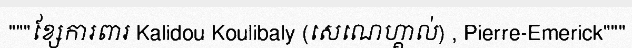
"""ខ្សែការពារ Kalidou Koulibaly (សេណេហ្គាល់) , Pierre-Emerick"""